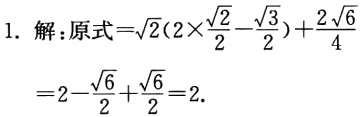
1. 解：原式\(=\sqrt{2}(2\times\frac{\sqrt{2}}{2}-\frac{\sqrt{3}}{2})+\frac{2\sqrt{6}}{4}\)

\(=2 - \frac{\sqrt{6}}{2}+\frac{\sqrt{6}}{2}=2\).